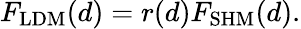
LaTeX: F_{\mathrm{LDM}}(d)=r(d)F_{\mathrm{SHM}}(d).